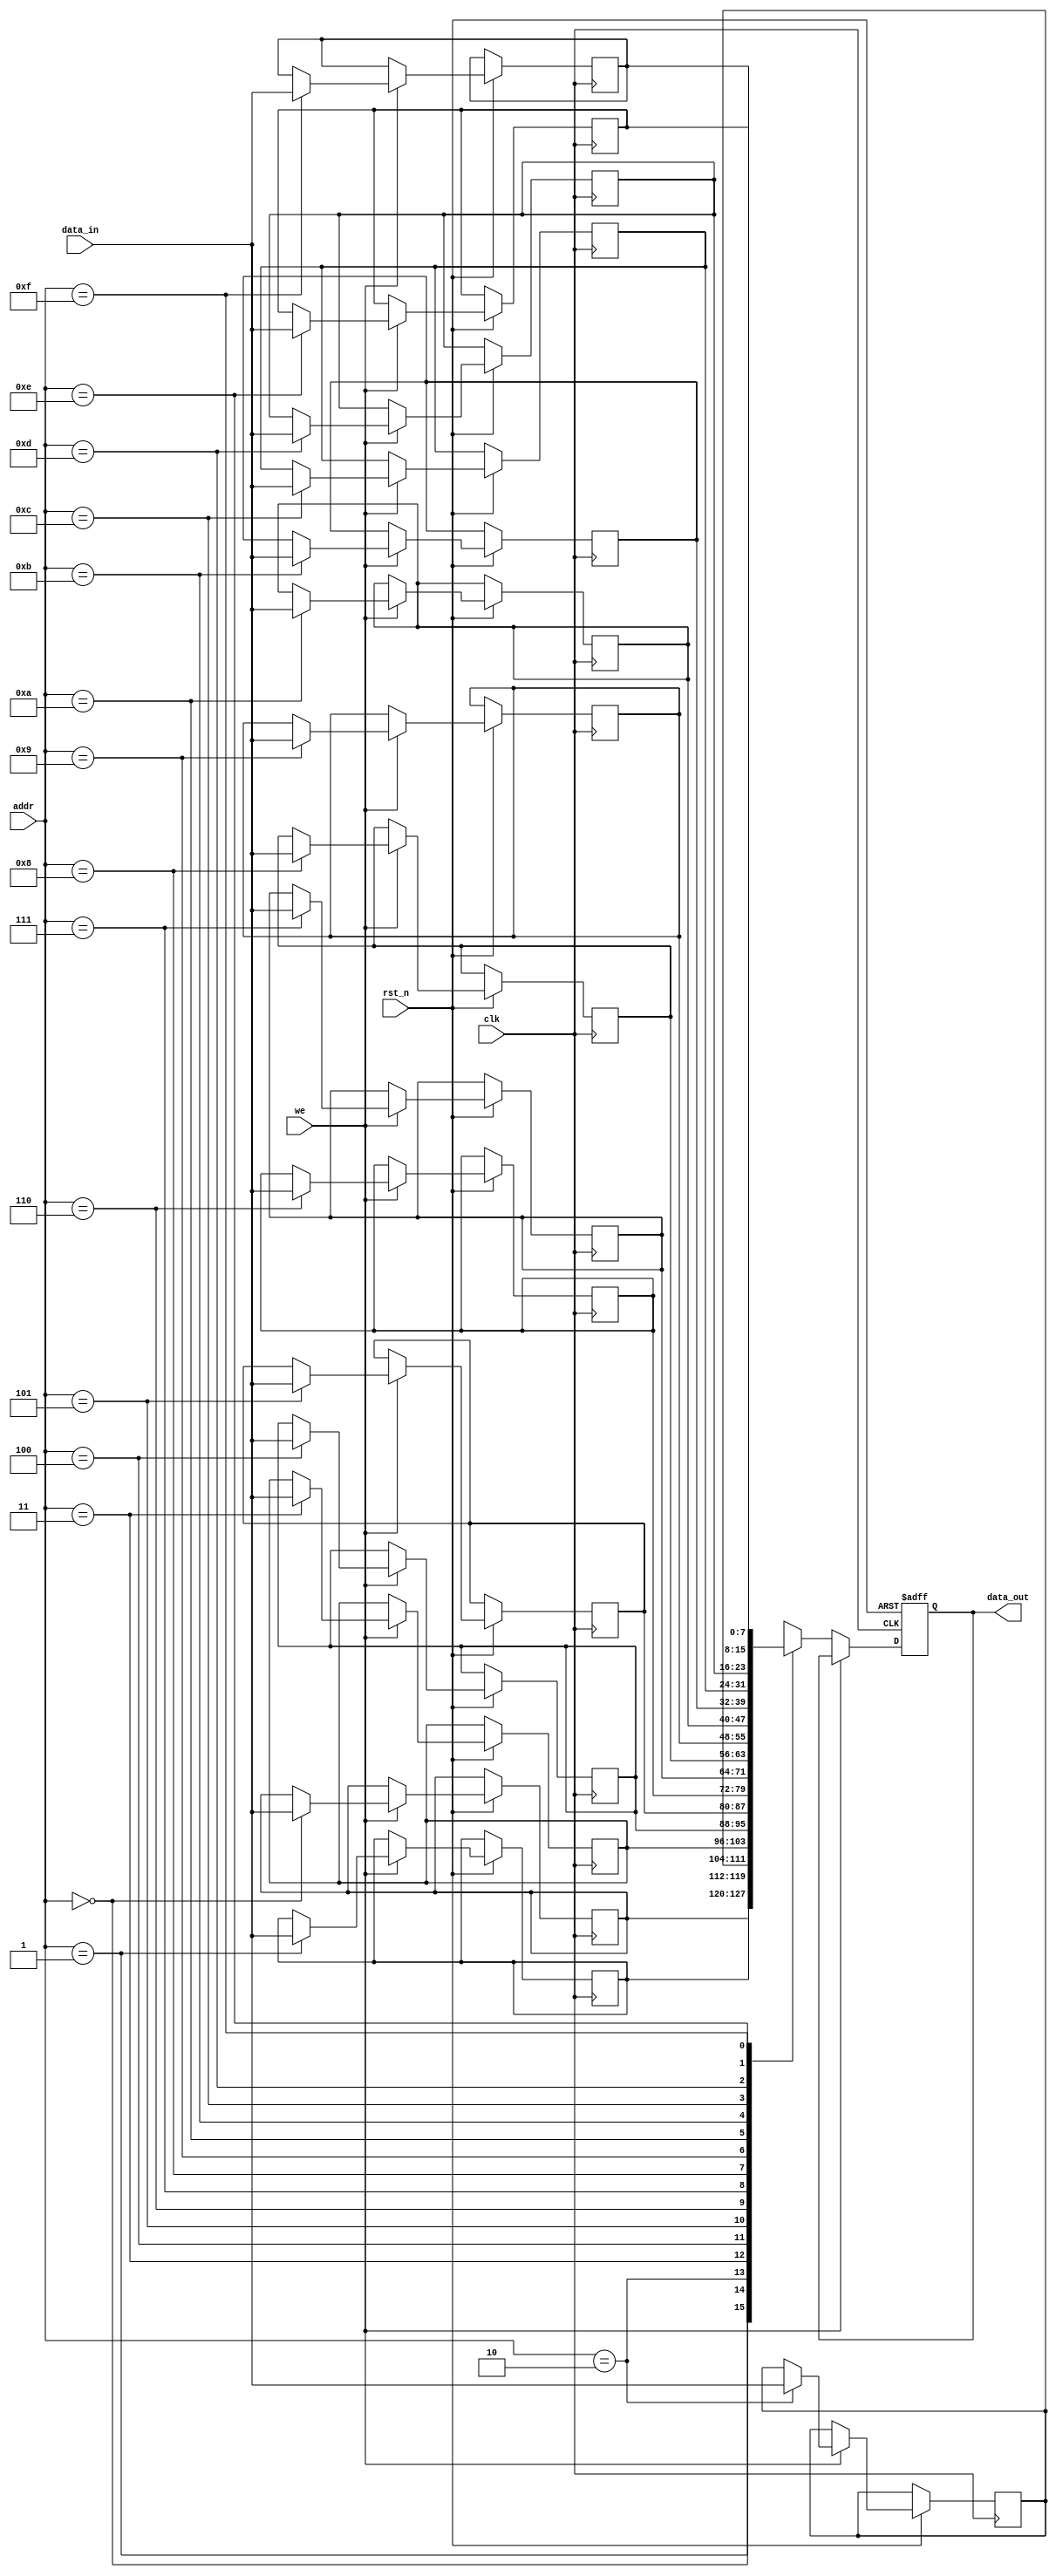
module memory_block (
    input wire clk,               // Clock signal
    input wire rst_n,             // Active low reset
    input wire [3:0] addr,        // Address input
    input wire [7:0] data_in,     // Data input
    input wire we,                // Write enable
    output reg [7:0] data_out     // Data output
);

    reg [7:0] mem [0:15];         // Memory array (16 x 8-bit)

    // Memory operation
    always @(posedge clk or negedge rst_n) begin
        if (!rst_n) begin
            data_out <= 8'b0;      // Reset data output
        end else begin
            if (we) begin
                mem[addr] <= data_in; // Write operation
            end else begin
                data_out <= mem[addr]; // Read operation
            end
        end
    end
endmodule